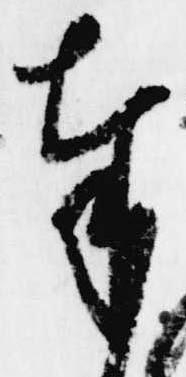
奉